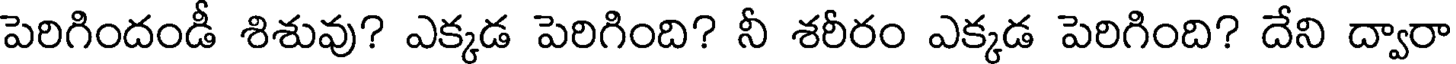
పెరిగిందండీ శిశువు? ఎక్కడ పెరిగింది? నీ శరీరం ఎక్కడ పెరిగింది? దేని ద్వారా